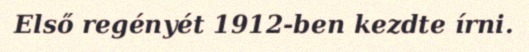
Első regényét 1912-ben kezdte írni.